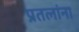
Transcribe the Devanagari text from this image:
प्रतलांना